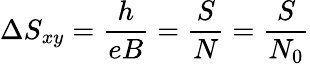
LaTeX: \Delta S_{xy}=\frac{h}{eB}=\frac{S}{N}=\frac{S}{N_{0}}